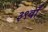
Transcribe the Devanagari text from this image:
३९वाँ